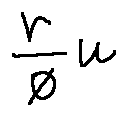
\frac { r } { \phi } u